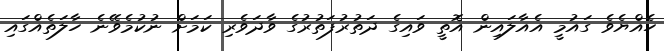
ހެއްޔެވެ ގައުމީ އެއާލައިން އޮތީ ވައިގެ ދަތުރުފަތުރުގެ ވާދަވެރި ކަމަށް ނުކުމެވޭނެ ހާލަތެއްގައި